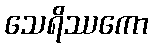
သေရိဿကော